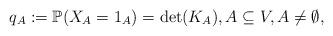
LaTeX: \begin{align*}q_A:=\mathbb{P}(X_A=1_A) = \det(K_A), A \subseteq V, A \neq \emptyset,\end{align*}